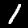
Digit: 1